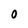
Character: 0